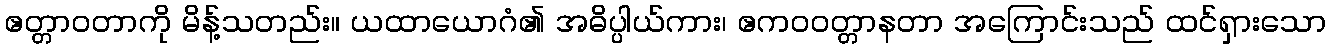
ဧတ္တာဝတာကို မိန့်သတည်း။ ယထာယောဂံ၏ အဓိပ္ပါယ်ကား၊ ဧကဝဝတ္တာနတာ အကြောင်းသည် ထင်ရှားသော